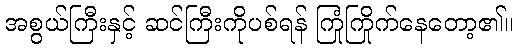
အစွယ်ကြီးနှင့် ဆင်ကြီးကိုပစ်ရန် ကြုံကြိုက်နေတော့၏။